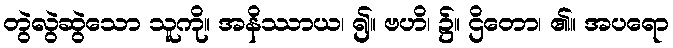
တွဲလွဲဆွဲသော သူကို။ အနိဿာယ၊ ၍။ ဗဟိ၊ ၌။ ဌိတော၊ ၏။ အပရော